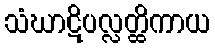
သံဃာဋိပလ္လတ္ထိကာယ